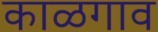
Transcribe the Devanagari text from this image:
काळगाव